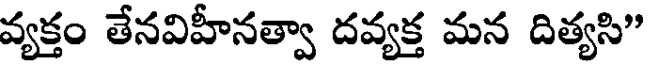
వ్యక్తం తేనవిహీనత్వా దవ్యక్త మన దిత్యసి"